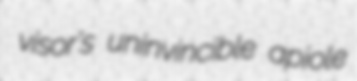
visor's uninvincible apiole